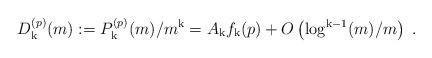
LaTeX: \begin{align*}D_{\mathrm{k}}^{(p)}(m):=P_{\mathrm{k}}^{(p)}(m)/m^{\mathrm{k}}=A_{\mathrm{k}} f_{\mathrm{k}}(p)+O\left(\log^{{\mathrm{k}}-1}(m)/m\right)\;.\end{align*}